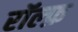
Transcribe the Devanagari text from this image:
रॉल्फ़